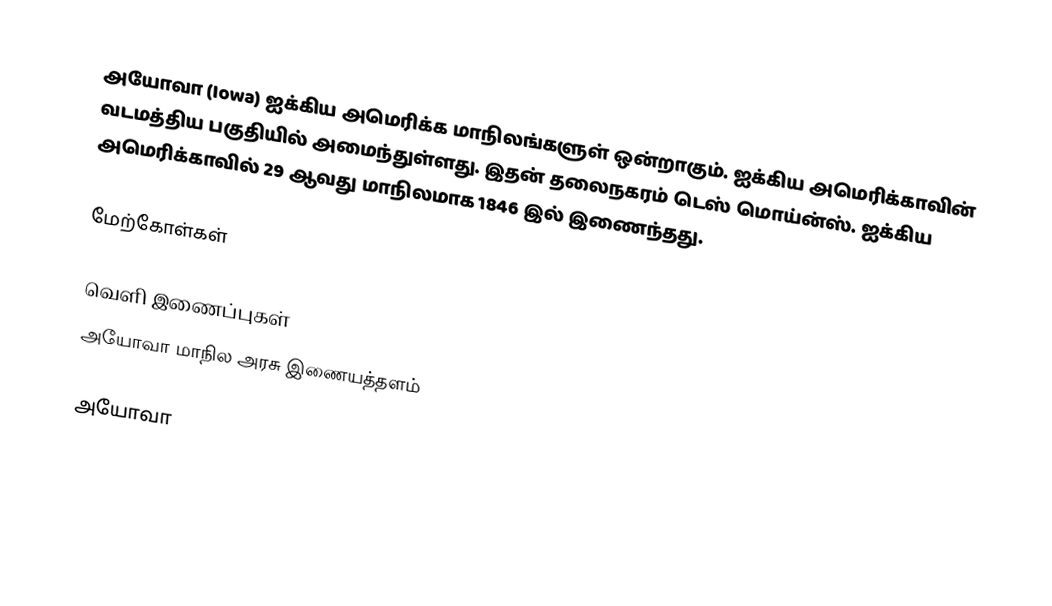
அயோவா (Iowa) ஐக்கிய அமெரிக்க மாநிலங்களுள் ஒன்றாகும். ஐக்கிய அமெரிக்காவின் வடமத்திய பகுதியில் அமைந்துள்ளது. இதன் தலைநகரம் டெஸ் மொய்ன்ஸ். ஐக்கிய அமெரிக்காவில் 29 ஆவது மாநிலமாக 1846 இல் இணைந்தது.

மேற்கோள்கள்

வெளி இணைப்புகள்
 அயோவா மாநில அரசு இணையத்தளம்

அயோவா